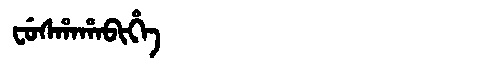
Manchu: ᠸᡠᠰᡥᠠᡥᠠᠪᡳᡥᡝ
Romanization: FUSHAHABIHE